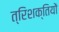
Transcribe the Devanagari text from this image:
त्रिशक्तियों